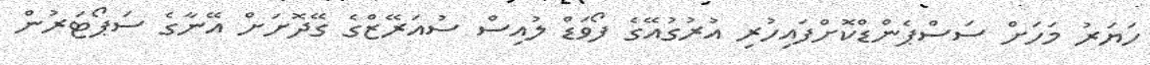
ހަޔަރު މަހަށް ސަސްޕެންޑްކޮށްފައިހުރި އުރުގުއޭގެ ފޯވަޑް ލުއިސް ސުއަރޭޒްގެ ގޭދޮށަށް އޭނާގެ ސަޕޯޓަރުން